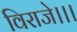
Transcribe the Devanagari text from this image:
विराजे।।।